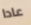
عادا